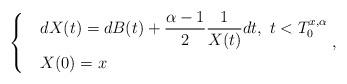
LaTeX: \begin{align*}\begin{dcases}& dX(t)=dB(t)+\dfrac{\alpha-1}{2}\frac{1}{X(t)}dt,\ t <T_0^{x,\alpha}\\& X(0)=x\end{dcases},\end{align*}